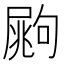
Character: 𡳏